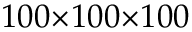
1 0 0 { \times } 1 0 0 { \times } 1 0 0